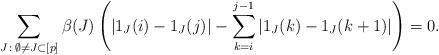
LaTeX: \begin{align*} \sum_{J\, :\, \emptyset\not=J\subset [p]} \beta(J) \left(| 1_{J}(i) - 1_{J}(j)| - \sum_{k=i}^{j-1} | 1_{J}(k) - 1_{J}(k+1)|\right) =0. \end{align*}